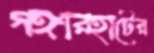
গঙ্গারহাটের